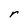
Character: r